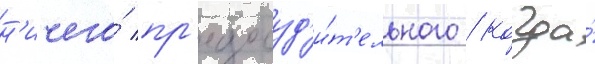
н'ичего́ пр'едосуд'и́т'ельного / когда́